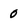
Character: o